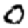
Digit: 0